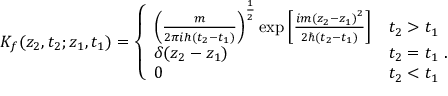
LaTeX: K _ { f } ( z _ { 2 } , t _ { 2 } ; z _ { 1 } , t _ { 1 } ) = \left\{ \begin{array} { l l } { { { \left( \frac { m } { 2 \pi i h ( t _ { 2 } - t _ { 1 } ) } \right) } ^ { \frac { 1 } { 2 } } \exp \left[ \frac { i m { ( z _ { 2 } - z _ { 1 } ) } ^ { 2 } } { 2 \hbar ( t _ { 2 } - t _ { 1 } ) } \right] } } & { { t _ { 2 } > t _ { 1 } } } \\ { { \delta ( z _ { 2 } - z _ { 1 } ) } } & { { t _ { 2 } = t _ { 1 } \; . } } \\ { { 0 } } & { { t _ { 2 } < t _ { 1 } } } \end{array} \right.